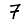
Digit: 7